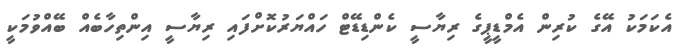
އެކަމަކު އޭގެ ކުރިން އެމްޑީޕީގެ ރިޔާސީ ކެންޑިޑޭޓް ހައްޔަރުކޮށްފައި ރިޔާސީ އިންތިހާބެއް ބޭއްވުމަކީ